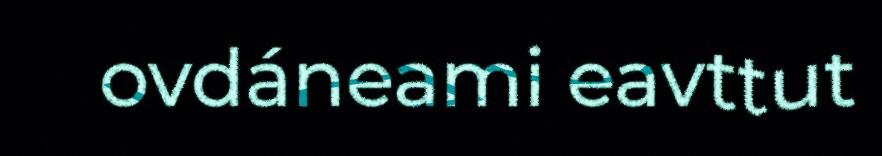
ovdáneami eavttut